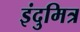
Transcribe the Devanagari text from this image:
इंदुमित्र